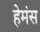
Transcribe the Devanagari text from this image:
हेमंस